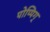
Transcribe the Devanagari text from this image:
पोप्पिग्